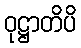
ဝုဋ္ဌာတိပိ